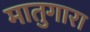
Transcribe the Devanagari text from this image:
मातुगारा